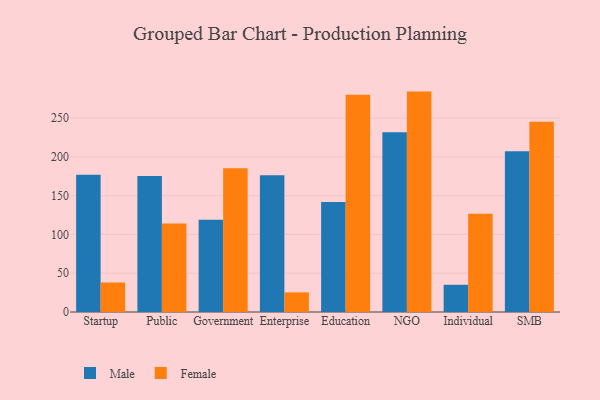
{"axis": {"x": "Segment", "y": "Inventory Turnover"}, "legend": ["Female", "Male"], "data": [{"x": "Startup", "y": 176.8, "type": "Male"}, {"x": "Startup", "y": 38.0, "type": "Female"}, {"x": "Public", "y": 175.4, "type": "Male"}, {"x": "Public", "y": 114.0, "type": "Female"}, {"x": "Government", "y": 118.8, "type": "Male"}, {"x": "Government", "y": 185.3, "type": "Female"}, {"x": "Enterprise", "y": 176.4, "type": "Male"}, {"x": "Enterprise", "y": 25.3, "type": "Female"}, {"x": "Education", "y": 141.7, "type": "Male"}, {"x": "Education", "y": 279.9, "type": "Female"}, {"x": "NGO", "y": 231.8, "type": "Male"}, {"x": "NGO", "y": 284.1, "type": "Female"}, {"x": "Individual", "y": 35.1, "type": "Male"}, {"x": "Individual", "y": 126.7, "type": "Female"}, {"x": "SMB", "y": 207.3, "type": "Male"}, {"x": "SMB", "y": 245.2, "type": "Female"}]}